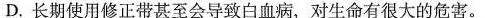
D.长期使用修正带甚至会导致白血病，对生命有很大的危害。